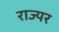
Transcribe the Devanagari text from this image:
राज्यर